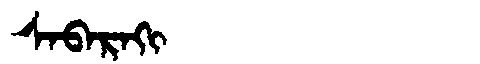
Manchu: ᠰᠠᠪᠠᡵᠠᡴᡳ
Romanization: SABARAKI